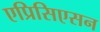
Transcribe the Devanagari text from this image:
एप्रिसिएसन